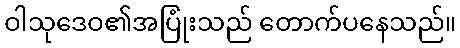
ဝါသုဒေဝ၏အပြုံးသည် တောက်ပနေသည်။